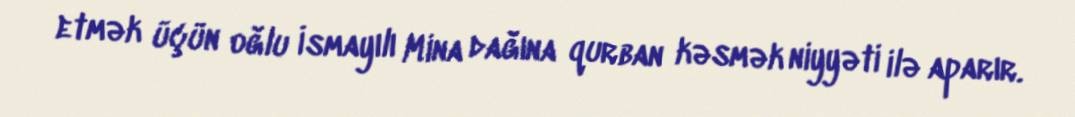
etmək üçün oğlu İsmayılı Mina dağına qurban kəsmək niyyəti ilə aparır.